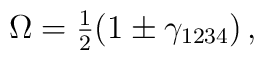
\Omega=\textstyle{\frac{1}{2}}(1\pm\gamma_{1234})\,,